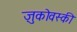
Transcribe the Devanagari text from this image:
ज़ुकोवस्की